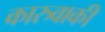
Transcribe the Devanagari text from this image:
कारुवाकी